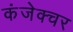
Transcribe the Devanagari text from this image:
कंजेक्चर